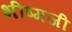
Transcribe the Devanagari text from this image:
भीष्मजी